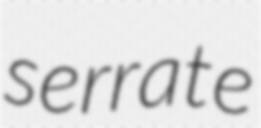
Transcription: serrate